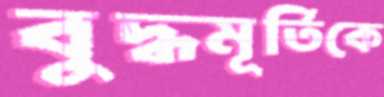
বুদ্ধমূর্তিকে